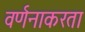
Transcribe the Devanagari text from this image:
वर्णनाकरता